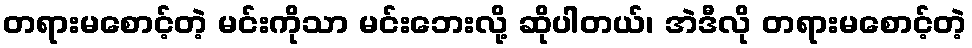
တရားမစောင့်တဲ့ မင်းကိုသာ မင်းဘေးလို့ ဆိုပါတယ်၊ အဲဒီလို တရားမစောင့်တဲ့